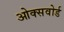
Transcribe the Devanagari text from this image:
ओक्सवोर्ड